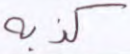
كذبه